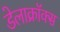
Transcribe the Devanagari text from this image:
डेलाक्रॉक्स